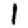
Digit: 1